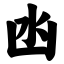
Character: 凼